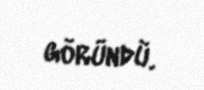
göründü.